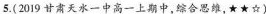
5.(2019甘肃天水一中高一上期中，综合思维，★★☆)